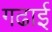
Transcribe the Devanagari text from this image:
गढाई